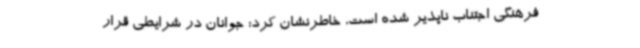
فرهنگی اجتناب ناپذیر شده است، خاطرنشان کرد: جوانان در شرایطی قرار